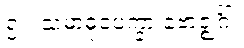
၅။	သမာဓုပေက္ခာ ဗောဇ္ဈင်္ဂါ၊